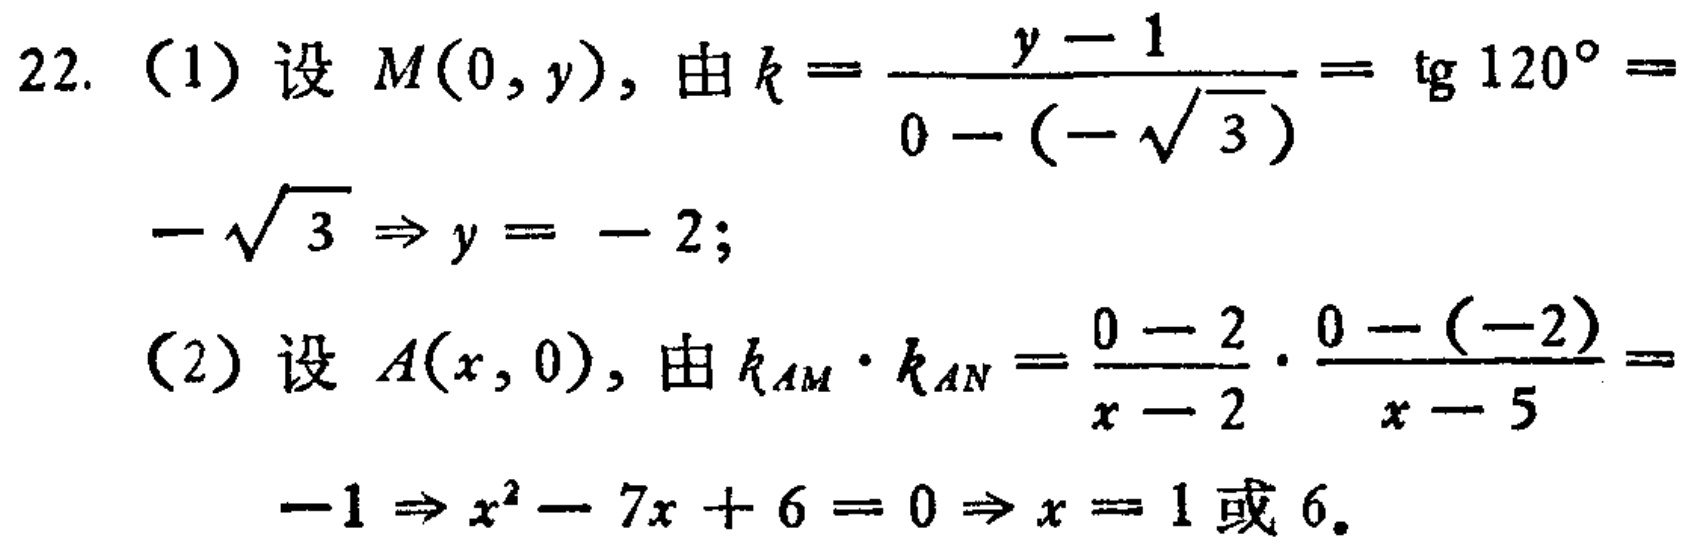
22. (1) 设 \(M(0,y)\)，由 \(k = \frac{y - 1}{0 - (-\sqrt{3})}=\tan120^{\circ}=-\sqrt{3}\Rightarrow y = - 2\);
(2) 设 \(A(x,0)\)，由 \(k_{AM}\cdot k_{AN}=\frac{0 - 2}{x - 2}\cdot\frac{0 - (-2)}{x - 5}=-1\Rightarrow x^{2}-7x + 6 = 0\Rightarrow x = 1\) 或 \(6\)。